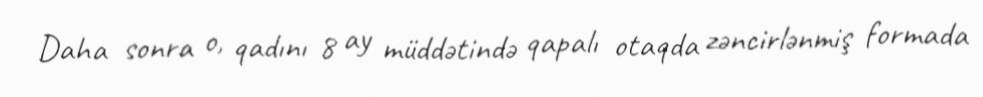
Daha sonra o, qadını 8 ay müddətində qapalı otaqda zəncirlənmiş formada